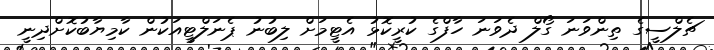
ޗެލްސީގެ ތިންވަނަ ގޯލް ދެވަނަ ހާފްގެ ކުރީކޮޅު އެޓީމަށް ލިބުނު ޕެނަލްޓީއަކުން ކާމިޔާބުކޮށްދިނީ